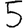
Digit: 5